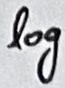
Text: log